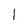
Character: l